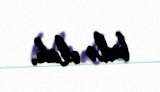
belə olub.